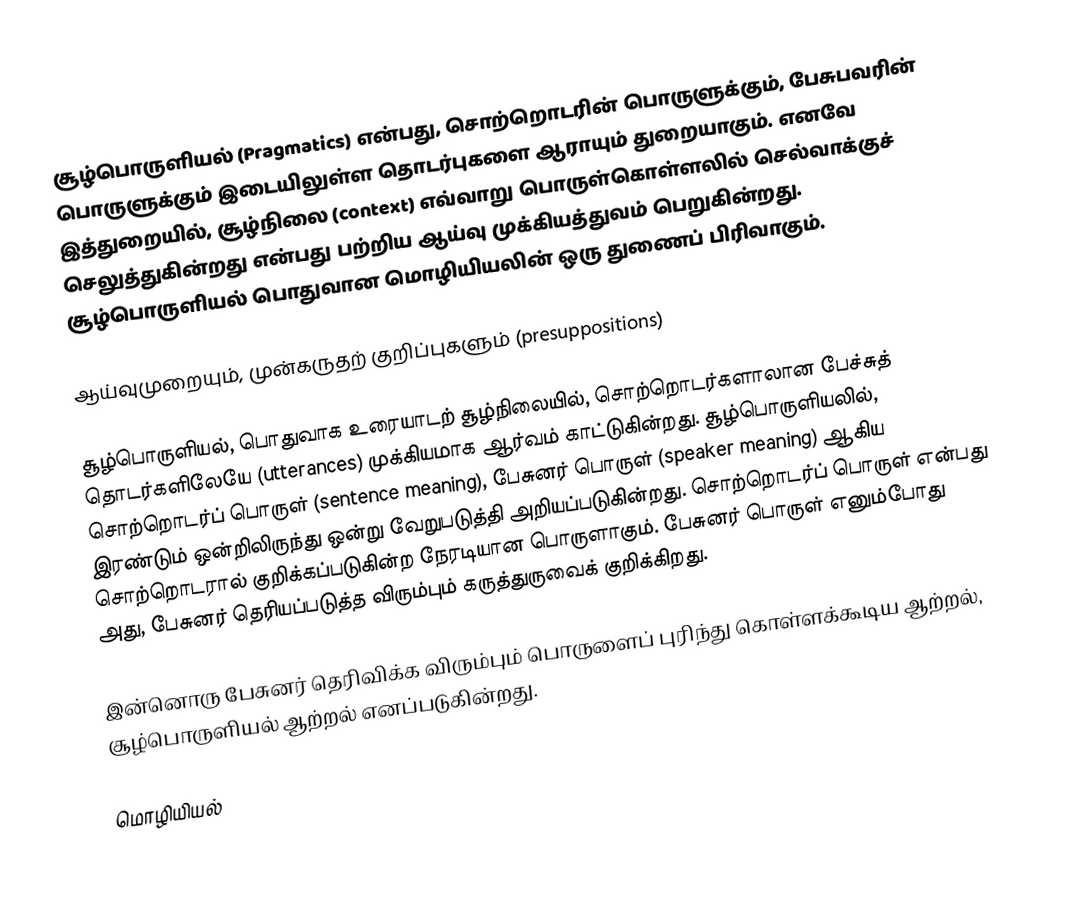
சூழ்பொருளியல் (Pragmatics) என்பது, சொற்றொடரின் பொருளுக்கும், பேசுபவரின் பொருளுக்கும் இடையிலுள்ள தொடர்புகளை ஆராயும் துறையாகும். எனவே இத்துறையில், சூழ்நிலை (context) எவ்வாறு பொருள்கொள்ளலில் செல்வாக்குச் செலுத்துகின்றது என்பது பற்றிய ஆய்வு முக்கியத்துவம் பெறுகின்றது. சூழ்பொருளியல் பொதுவான மொழியியலின் ஒரு துணைப் பிரிவாகும்.

ஆய்வுமுறையும், முன்கருதற் குறிப்புகளும் (presuppositions)

சூழ்பொருளியல், பொதுவாக உரையாடற் சூழ்நிலையில், சொற்றொடர்களாலான பேச்சுத் தொடர்களிலேயே (utterances) முக்கியமாக ஆர்வம் காட்டுகின்றது. சூழ்பொருளியலில், சொற்றொடர்ப் பொருள் (sentence meaning), பேசுனர் பொருள் (speaker meaning) ஆகிய இரண்டும் ஒன்றிலிருந்து ஒன்று வேறுபடுத்தி அறியப்படுகின்றது. சொற்றொடர்ப் பொருள் என்பது சொற்றொடரால் குறிக்கப்படுகின்ற நேரடியான பொருளாகும். பேசுனர் பொருள் எனும்போது அது, பேசுனர் தெரியப்படுத்த விரும்பும் கருத்துருவைக் குறிக்கிறது.

இன்னொரு பேசுனர் தெரிவிக்க விரும்பும் பொருளைப் புரிந்து கொள்ளக்கூடிய ஆற்றல், சூழ்பொருளியல் ஆற்றல் எனப்படுகின்றது.

மொழியியல்